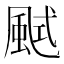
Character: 𩗎